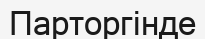
Парторгінде